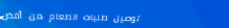
توصيل طلبات الطعام من أفض